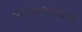
વચલાગાળાના